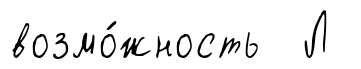
возмо́жность Л